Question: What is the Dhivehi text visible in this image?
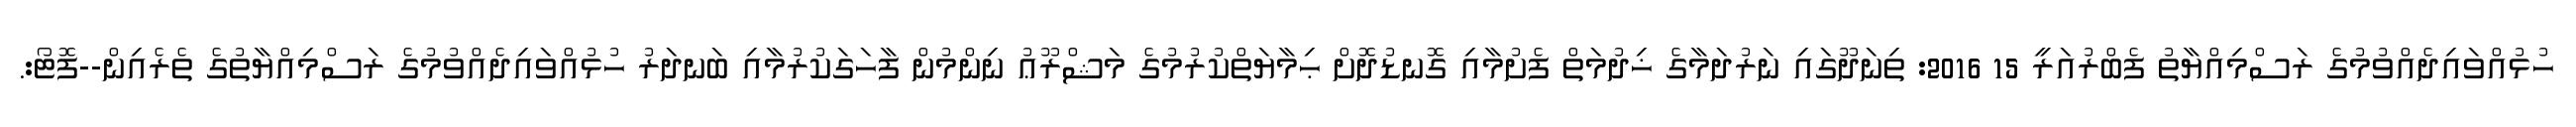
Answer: ހުޅުއްވައިދެއްވުމުގެ ރަސްމިއްޔާތު ފެބްރުއަރީ 15 2016: ތިނަދޫގައި ނަރުދަމާގެ ޚިދުމަތް ފެށުމާއި ގޮނޑުދޮށް ޙިމާޔަތްކުރުމުގެ މަޝްރޫޢު ނިންމުން ފާހަގަކުރުމާއި ބަނދަރު ހުޅުއްވައިދެއްވުމުގެ ރަސްމިއްޔާތުގެ ތެރެއިން--ފޮޓޯ:.